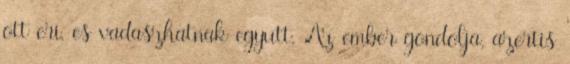
ott eri, es vadaszhatnak egyutt. Az ember gondolja, azertis